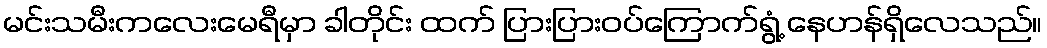
မင်းသမီးကလေးမေရီမှာ ခါတိုင်း ထက် ပြားပြားဝပ်ကြောက်ရွံ့ နေဟန်ရှိလေသည်။